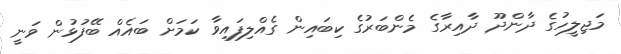
މަޖިލީހުގެ ދާންދޫ ދާއިރާގެ މެންބަރުގެ ކިބައިން ގެއްލިފައިވާ ކަމަށް ބައެއް ބޭފުޅުން ވަނީ